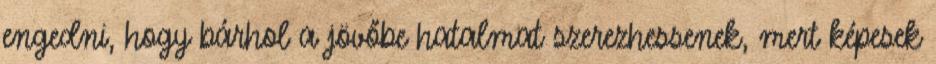
engedni, hogy bárhol a jövőbe hatalmat szerezhessenek, mert képesek